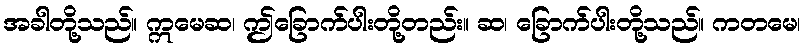
အခါတို့သည်။ ဣမေဆ၊ ဤခြောက်ပါးတို့တည်း။ ဆ၊ ခြောက်ပါးတို့သည်။ ကတမေ၊